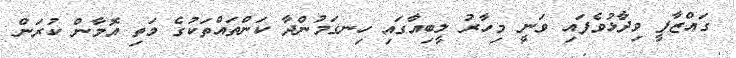
ގައްޒާފީ ވިދާޅުވެފައި ވަނީ މިހާރު ލީބިއާގައި ހިނގަމުންދާ ކަންތައްތަކުގެ މަތި އޮމާން ކުރަން